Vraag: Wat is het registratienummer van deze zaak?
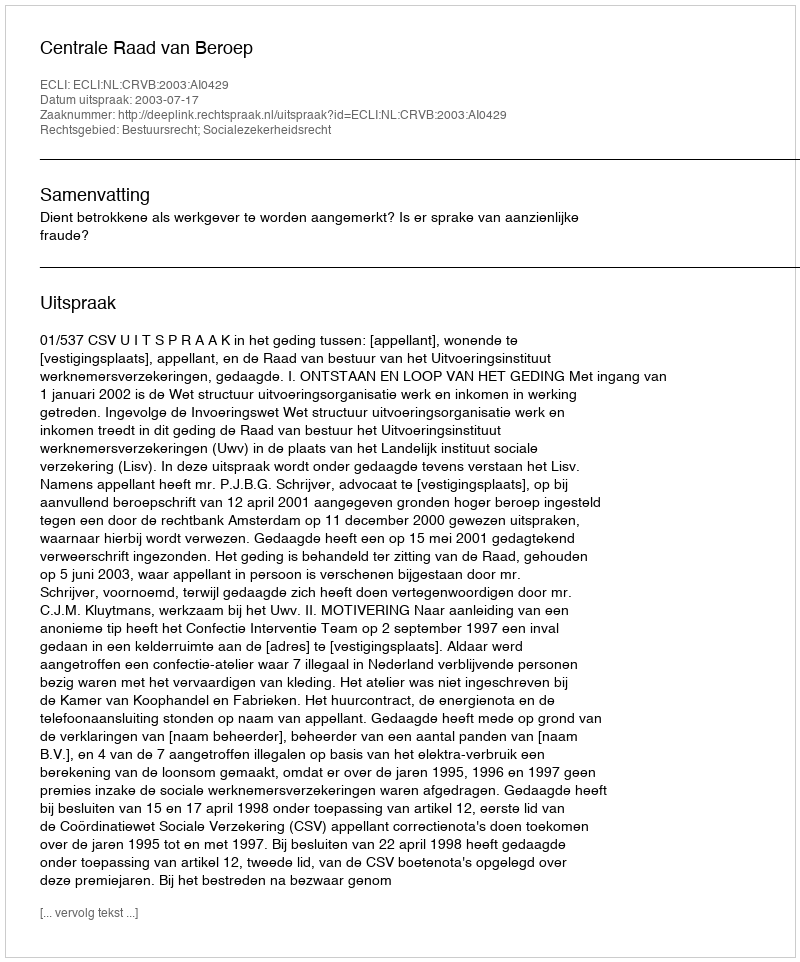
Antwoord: http://deeplink.rechtspraak.nl/uitspraak?id=ECLI:NL:CRVB:2003:AI0429